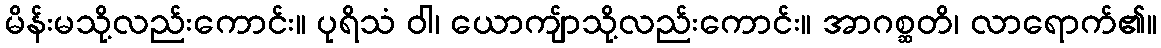
မိန်းမသို့လည်းကောင်း။ ပုရိသံ ဝါ၊ ယောကျ်ာသို့လည်းကောင်း။ အာဂစ္ဆတိ၊ လာရောက်၏။